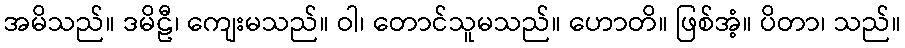
အမိသည်။ ဒမိဠီ၊ ကျေးမသည်။ ဝါ၊ တောင်သူမသည်။ ဟောတိ။ ဖြစ်အံ့။ ပိတာ၊ သည်။